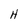
Character: H